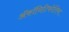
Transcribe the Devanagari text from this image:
ॲकॉनिटिफोलिया